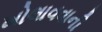
ખોલાવવાની